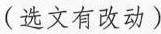
(选文有改动)